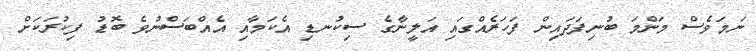
ނަމަވެސް މަންމަ ބުނިފަދައިން ފަހަރެއްގައި އަލީނާގެ ސިކުނޑި އެކަމާއި އެއްބަސްނުވެ ބޮޑު ފިކުރަކަށް